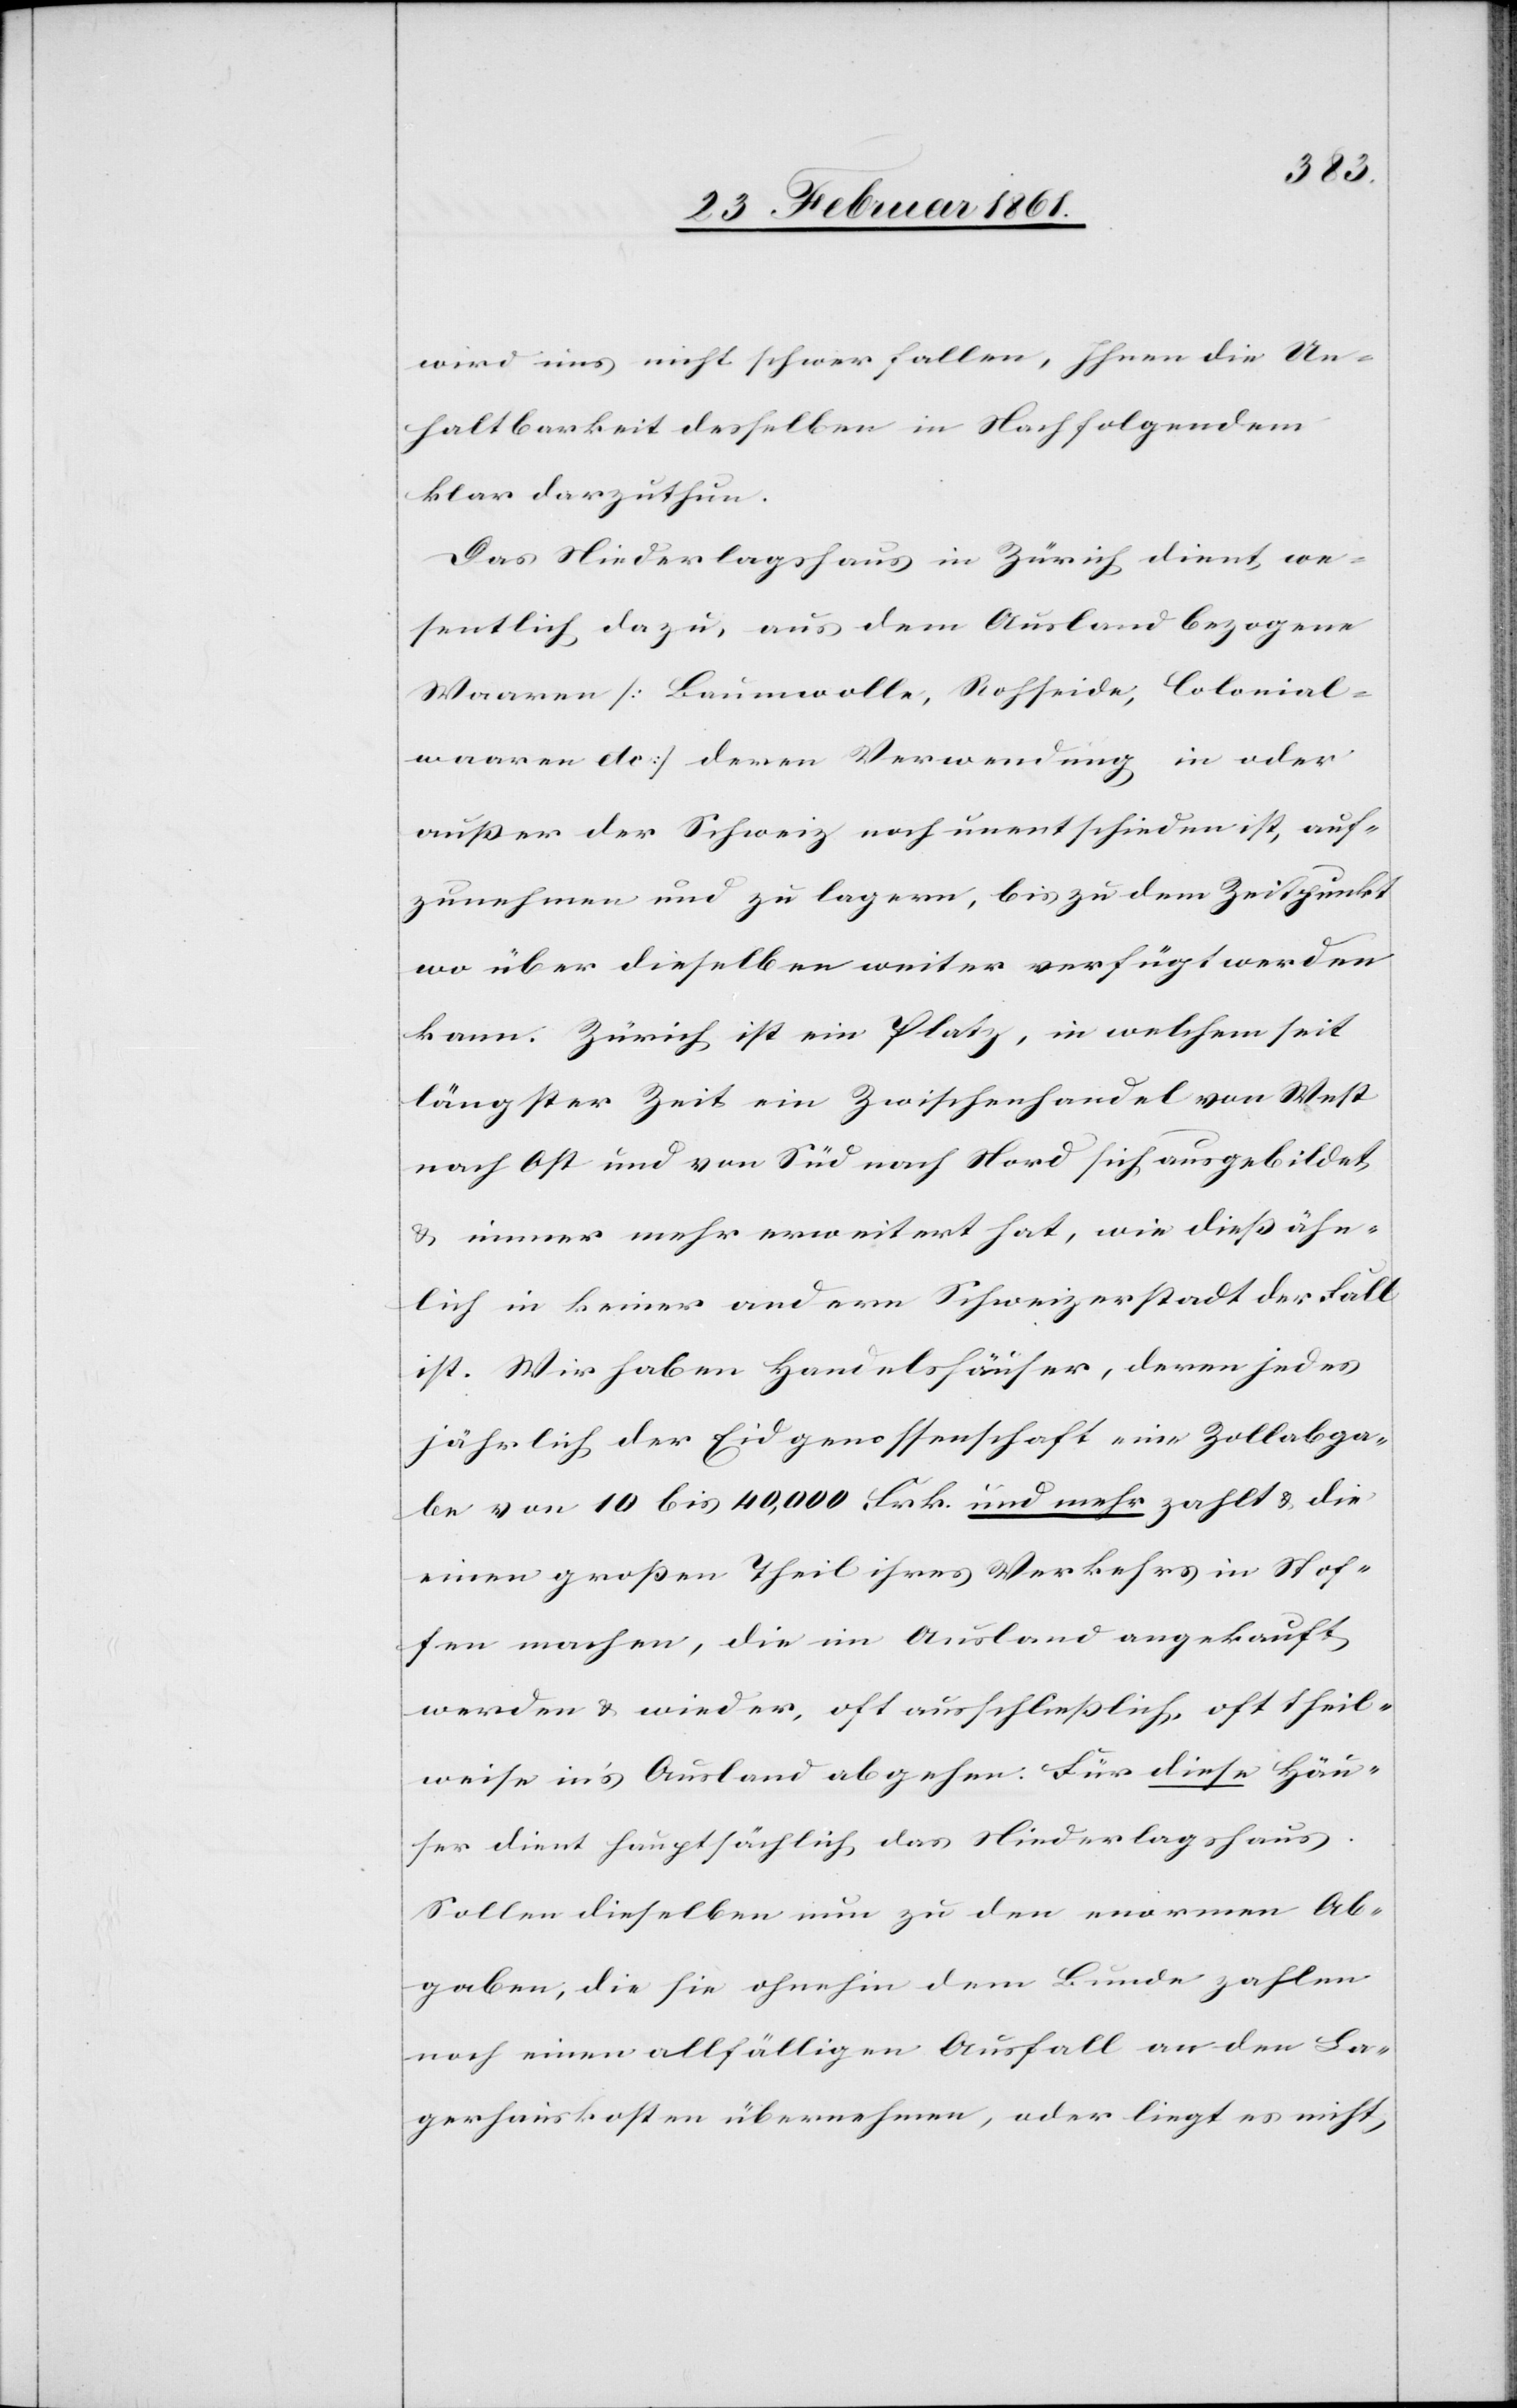
wird uns nicht schwer fallen, Ihnen die Un¬
terhaltbarkeit desselben in Nachfolgendem
klar darzuthun.
Das Niederlagshaus in Zürich dient we¬
sentlich dazu, aus dem Ausland bezogene
Waaren [Baumwolle, Rohseide, Colonial¬
waaren etc.] deren Verwendung in oder
ausser der Schweiz noch unentschieden ist, auf¬
zunehmen und zu lagern, bis zu dem Zeitpunkt
wo über dieselbe weiter verfügt werden
kann. Zürich ist ein Platz, in welchem seit
längster Zeit ein Zwischenhandel von West
nach Ost und von Süd nach Nord sich ausgebildet
u. immer mehr erweitert hat, wie diess ähn¬
lich in keiner andern Schweizerstadt der Fall
ist. Wir haben Handelshäuser, deren jedes
jährlich der Eidgenossenschaft eine Zollabga¬
be von 10 bis 40,000 Frk. und mehr zahlt u. die
einen grossen Theil ihres Verkehrs in Stof¬
fen machen, die im Ausland angekauft
werden u. wieder, oft ausschliesslich, oft theil¬
weise in’s Ausland abgehen, für diese Häu¬
ser dient hauptsächlich das Niederlagshaus.
Sollen dieselben nun zu den enormen Ab¬
gaben, die sie ohnehin dem Bunde zahlen
noch einen allfälligen Ausfall an den La¬
gerhauskosten übernehmen, oder liegt es nicht,